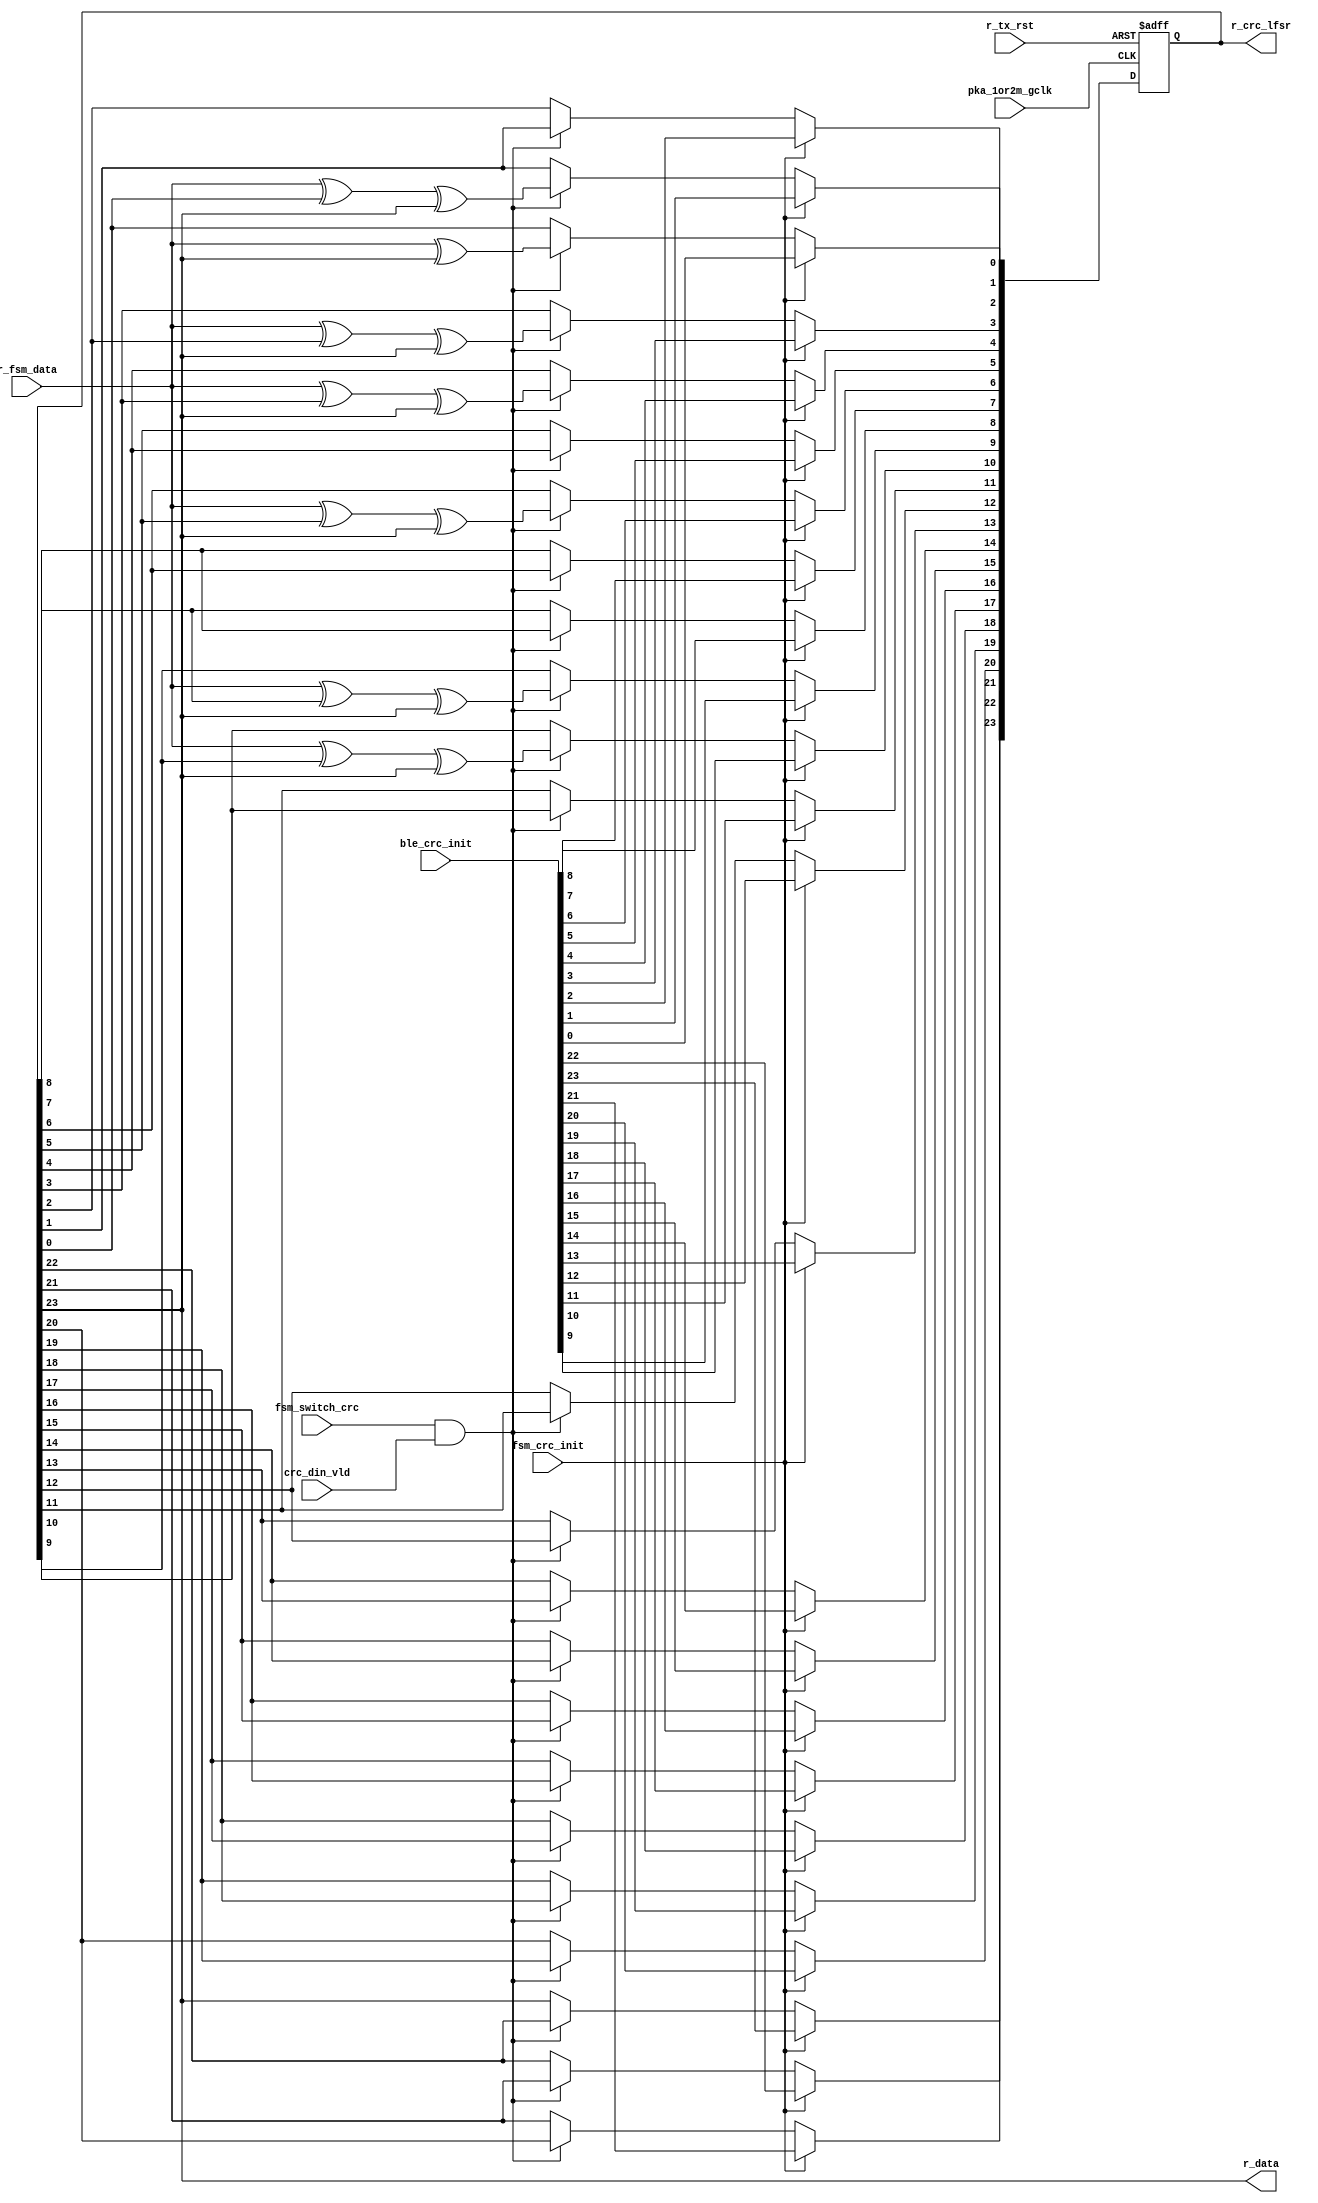
module my_crc(
    input pka_1or2m_gclk,
    input fsm_crc_init,
	 input fsm_switch_crc,
	 input r_fsm_data,
    input r_tx_rst,
	 input crc_din_vld,
	 //input[4:0] r_tx_state,
    input[23:0] ble_crc_init,
	 
    output reg [23:0] r_crc_lfsr,//crc
	 //output reg fsm_vld_bit,
	 output r_data
);


  // polynomial: x^24 + x^10 + x^9 + x^6 + x^4 + x^3 + x^1 + 1
  // data width: 1
  // function [23:0] nextCRC24_D1;

    wire d;
    wire [23:0] c;
    
    assign d = r_fsm_data;
    assign c = r_crc_lfsr;
	 assign r_data = r_crc_lfsr[23];

    //always@(posedge pka_1or2m_gclk or posedge fsm_crc_init or posedge r_tx_rst) // AUX_SYNC_IND  AUX_ADV_IND  SyncInfo 
	  
	 always@(posedge pka_1or2m_gclk or posedge r_tx_rst)                                     // 0x555555
	 begin
        if(r_tx_rst)
            r_crc_lfsr <= 24'h000000;
        else if(fsm_crc_init)
            //r_crc_lfsr <= 24'h555555;
				r_crc_lfsr <= ble_crc_init;
		  else if(fsm_switch_crc && crc_din_vld)
		   begin
		      r_crc_lfsr[0] <= d ^ c[23];
				r_crc_lfsr[1] <= d ^ c[0] ^ c[23];//c[23]1
            r_crc_lfsr[2] <= c[1];
            r_crc_lfsr[3] <= d ^ c[2] ^ c[23];
            r_crc_lfsr[4] <= d ^ c[3] ^ c[23];
            r_crc_lfsr[5] <= c[4];
            r_crc_lfsr[6] <= d ^ c[5] ^ c[23];
            r_crc_lfsr[7] <= c[6];
            r_crc_lfsr[8] <= c[7];
            r_crc_lfsr[9] <= d ^ c[8] ^ c[23];
            r_crc_lfsr[10] <= d ^ c[9] ^ c[23];
            r_crc_lfsr[11] <= c[10];
            r_crc_lfsr[12] <= c[11];
            r_crc_lfsr[13] <= c[12];
            r_crc_lfsr[14] <= c[13];
            r_crc_lfsr[15] <= c[14];
            r_crc_lfsr[16] <= c[15];
            r_crc_lfsr[17] <= c[16];
            r_crc_lfsr[18] <= c[17];
            r_crc_lfsr[19] <= c[18];
            r_crc_lfsr[20] <= c[19];
            r_crc_lfsr[21] <= c[20];
            r_crc_lfsr[22] <= c[21];
            r_crc_lfsr[23] <= c[22];
         end
		  else 
		   begin
		      /*r_crc_lfsr[0] <= d;
				r_crc_lfsr[1] <= d ^ c[0]; 
            r_crc_lfsr[2] <= c[1];
            r_crc_lfsr[3] <= d ^ c[2];
            r_crc_lfsr[4] <= d ^ c[3];
            r_crc_lfsr[5] <= c[4];
            r_crc_lfsr[6] <= d ^ c[5];
            r_crc_lfsr[7] <= c[6];
            r_crc_lfsr[8] <= c[7];
            r_crc_lfsr[9] <= d ^ c[8];
            r_crc_lfsr[10] <= d ^ c[9]; 
            r_crc_lfsr[11] <= c[10];
            r_crc_lfsr[12] <= c[11];
            r_crc_lfsr[13] <= c[12];
            r_crc_lfsr[14] <= c[13];
            r_crc_lfsr[15] <= c[14];
            r_crc_lfsr[16] <= c[15];
            r_crc_lfsr[17] <= c[16];
            r_crc_lfsr[18] <= c[17];
            r_crc_lfsr[19] <= c[18];
            r_crc_lfsr[20] <= c[19];
            r_crc_lfsr[21] <= c[20];
            r_crc_lfsr[22] <= c[21];
            r_crc_lfsr[23] <= c[22];*/
				r_crc_lfsr <= r_crc_lfsr;
         end		      
    end
endmodule